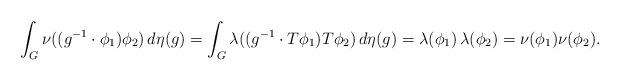
LaTeX: \begin{align*}\int_G \nu((g^{-1} \cdot \phi_1) \phi_2) \, d\eta(g) = \int_G \lambda((g^{-1} \cdot T\phi_1) T\phi_2) \, d\eta(g) =\lambda(\phi_1) \, \lambda(\phi_2) = \nu(\phi_1) \nu(\phi_2).\end{align*}